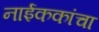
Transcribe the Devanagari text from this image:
नाईककांचा